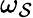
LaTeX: \omega_{\mathcal{S}}